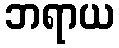
ဘရာယ